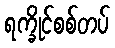
ရက္ခိုင်စစ်တပ်